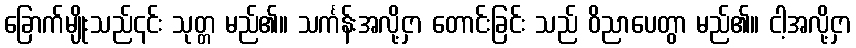
ခြောက်မျိုးသည်၎င်း သုတ္တ မည်၏။ သင်္ကန်းအလို့ငှာ တောင်းခြင်း သည် ဝိညာပေတွာ မည်၏။ ငါ့အလို့ငှာ